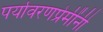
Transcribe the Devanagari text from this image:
पर्यावरणप्रेमींनी